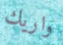
واريك